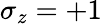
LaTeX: \sigma_{z}=+1